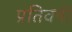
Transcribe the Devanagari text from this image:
प्रतिवषी